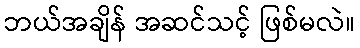
ဘယ်အချိန် အဆင်သင့် ဖြစ်မလဲ။